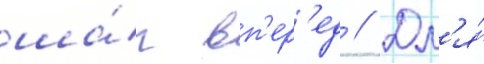
ша́г вп'ер'ед // Дл'я́